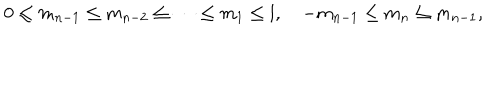
0 \leq m _ { n - 1 } \leq m _ { n - 2 } \leq \cdots \leq m _ { 1 } \leq l , \quad - m _ { n - 1 } \leq m _ { n } \leq m _ { n - 1 } ,